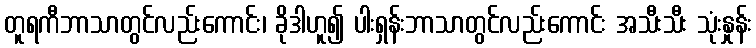
တူရကီဘာသာတွင်လည်းကောင်း၊ ခိုဒါဟူ၍ ပါးရှန်းဘာသာတွင်လည်းကောင်း အသီးသီး သုံးနှုန်း